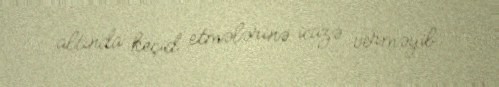
altında keçid etmələrinə icazə verməyib.